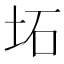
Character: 坧